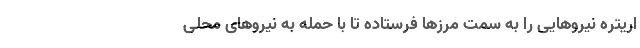
اریتره نیروهایی را به سمت مرزها فرستاده تا با حمله به نیروهای محلی